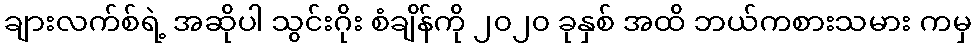
ချားလက်စ်ရဲ့ အဆိုပါ သွင်းဂိုး စံချိန်ကို ၂၀၂၀ ခုနှစ် အထိ ဘယ်ကစားသမား ကမှ